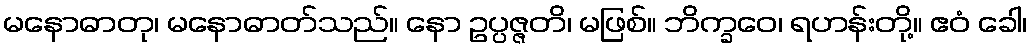
မနောဓာတု၊ မနောဓာတ်သည်။ နော ဥပ္ပဇ္ဇတိ၊ မဖြစ်။ ဘိက္ခဝေ၊ ရဟန်းတို့။ ဧဝံ ခေါ၊